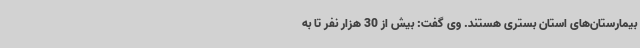
بیمارستان‌های استان بستری هستند. وی گفت: بیش از 30 هزار نفر تا به